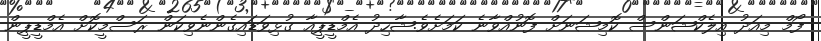
ފޯމް މިއަދު އިލެކްޝަންސް ކޮމިޝަނަށް ފޮނުއްވާނެ ކަމަށެވެ.ޝާހިދު އެމްޑީޕީއާ ގުޅިވަޑައިގެންނެވިކަން ރަސްމީކޮށް އެމްޑީޕީން